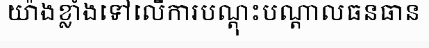
យ៉ាងខ្លាំងទៅលើការបណ្តុះបណ្តាលធនធាន